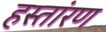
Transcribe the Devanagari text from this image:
हस्तांरण